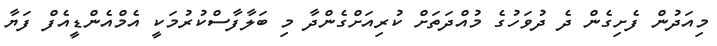
މިއަދުން ފެށިގެން ދެ ދުވަހުގެ މުއްދަތަށް ކުރިއަށްގެންދާ މި ބަލާފާސްކުުރުމަކީ އެމްއެންޑީއެފް ފަޔާ